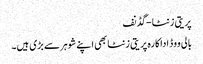
پریتی زنٹا -گڈنف
بالی ووڈ اداکارہ پریتی زنٹا بھی اپنے شوہرسے بڑی ہیں۔